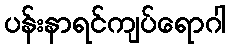
ပန်းနာရင်ကျပ်ရောဂါ